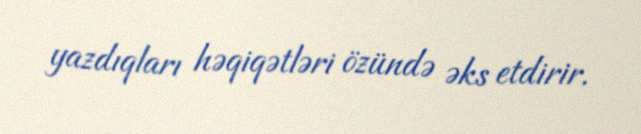
yazdıqları həqiqətləri özündə əks etdirir.